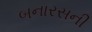
બનારસની